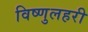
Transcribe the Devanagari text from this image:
विष्णुलहरी